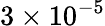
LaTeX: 3\times 10^{-5}